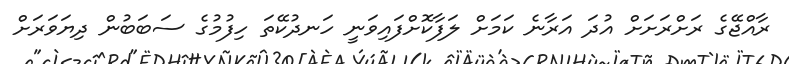
ރާއްޖޭގެ ރަށްރަށަށް އުދަ އަރާނެ ކަމަށް ލަފާކޮށްފައިވަނީ ހަނދުކޭތަ ހިފުމުގެ ސަބަބުން ދިޔަވަރަށް